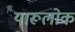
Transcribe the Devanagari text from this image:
यारूलोक